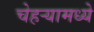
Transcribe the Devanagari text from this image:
चेहर्‍यामध्ये